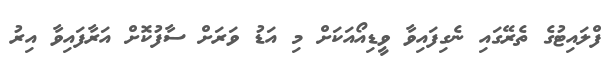
ފްލައިޓުގެ ތެރޭގައި ނެގިފައިވާ ވީޑިއޯއަކަށް މި އަޑު ވަރަށް ސާފުކޮށް އަރާފައިވާ އިރު